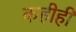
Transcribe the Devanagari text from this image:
कहीही